Civil Veterinary Department Bengal reports 1933-51 - 1933-1951
Year: 1933
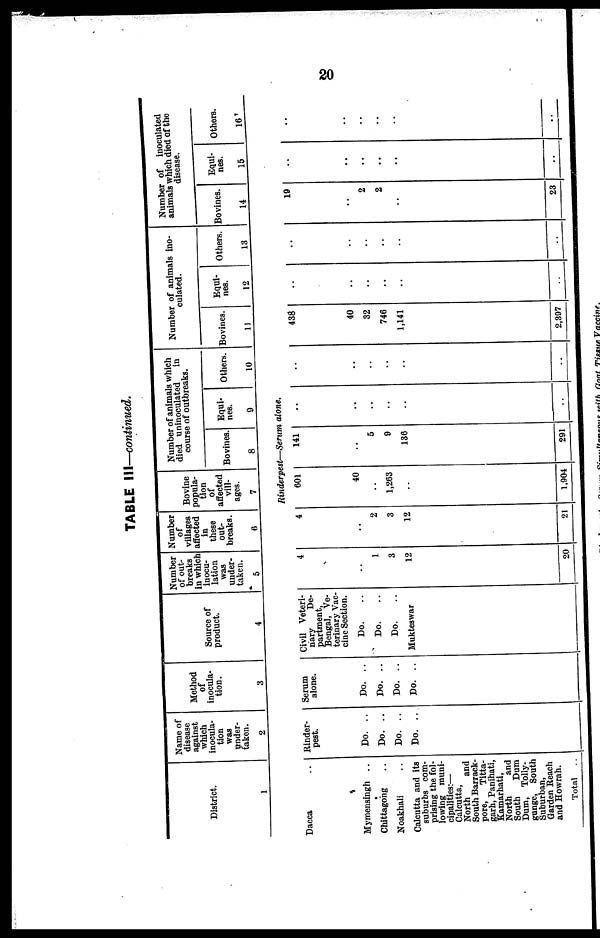
20
TABLE III—continued.
District.
1
Name of
disease
against
which
inocula-
tion
was
under-
taken.
2
Method
of
inocula-
tion.
3
Source of
product.
4
Number
of out-
breaks
in which
inocu-
lation
was
under-
taken.
Number
of
villages
affected
in
these
out-
breaks.
5
6
Bovine
popula-
tion
of
affected
vill-
ages.
7
Number of animals which
died uninoculated
in
course of outbreaks.
Bovines
8
Equi-
nes.
9
Others.
10
Number of animals ino-
culated.
Bovines.
11
Equi-
nes.
12
Others.
13
Number of inoculated
animals which died of the
disease.
Bovines. Equi-
nes.
14
15
Others.
16
Rinderpest—Serum alone.
Dacca
Mymensingh ..
Chittagoing
Noakhali
Calcutta and its
suburbs com-
prising the fol-
lowing muni-
cipalities:—
Calcutta,
North
and
South Barrack-
pore,
Titta-
garh, Panihati,
Kamarhati,
North
and
South
Dum
Dum, Tolly-
gunge, South
Suburban,
Garden Reach
and Howrah.
Total
Rinder-
pest.
Do. ..
Do. ..
Do. ..
Do. ...
..
Serum
alone.
Do. ..
Do. ..
Do. ..
Do. ..
..
Civil Veteri-
nary
De-
partment,
Bengal, Ve-
terinary Vac-
cine Section.
Do.
Do.
Do.
Mukteswar
..
4
1
3
12
20
4
2
3
12
21
601
40
1,263
..
1,904
141
5
9
136
291
..
..
..
..
438
40
32
746
1,141
2,397
..
..
..
..
..
..
..
..
19
..
2
2
..
23
..
..
..
..
..
..
..
..
..
..
..
..